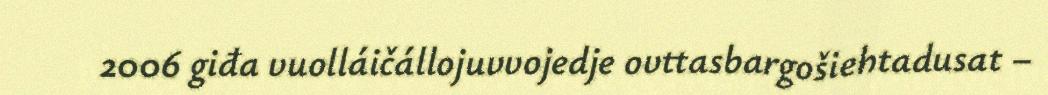
2006 giđa vuolláičállojuvvojedje ovttasbargošiehtadusat –